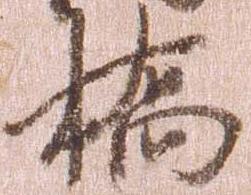
橋